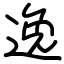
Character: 逸